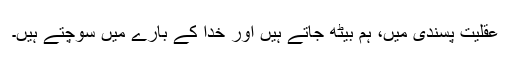
عقلیت پسندی میں، ہم بیٹھ جاتے ہیں اور خُدا کے بارے میں سوچتے ہیں۔